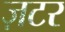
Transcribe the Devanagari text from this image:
ज़टर